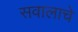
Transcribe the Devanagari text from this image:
सवालाचे